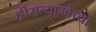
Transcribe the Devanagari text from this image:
श्रीसत्याम्बेच्या